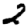
Digit: 2